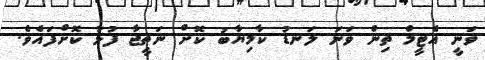
ވަނީ އެޓީމް ތިން ވަނަ ލަނޑު ކާމިޔާބު ކޮށް ނަތީޖާ ފުޅާ ކޮށްފައެވެ.